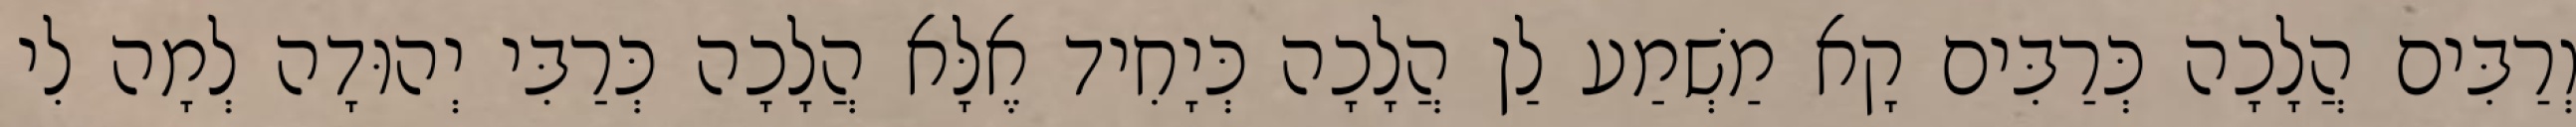
וְרַבִּים הֲלָכָה כְּרַבִּים קָא מַשְׁמַע לַן הֲלָכָה כְּיָחִיד אֶלָּא הֲלָכָה כְּרַבִּי יְהוּדָה לְמָה לִי